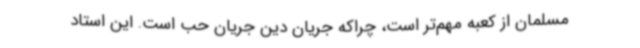
مسلمان از کعبه مهم‌تر است، چراکه جریان دین جریان حب است. این استاد